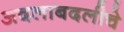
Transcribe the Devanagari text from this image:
अदलाबदलीचे